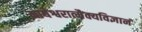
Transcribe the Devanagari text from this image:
मायेश्वरात्मैक्यविज्ञानं